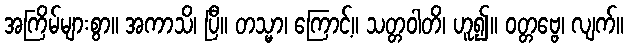
အကြိမ်များစွာ။ အကာသိ၊ ပြီ။ တသ္မာ၊ ကြောင့်။ သတ္တဝါတိ၊ ဟူ၍။ ဝတ္တဗ္ဗေ၊ လျက်။